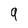
Character: 9